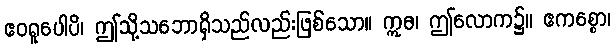
ဧဝရူပေါပိ၊ ဤသို့သဘောရှိသည်လည်းဖြစ်သော။ ဣဓ၊ ဤလောက၌။ ဧကစ္စော၊